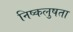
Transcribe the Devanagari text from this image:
निष्कलुषता